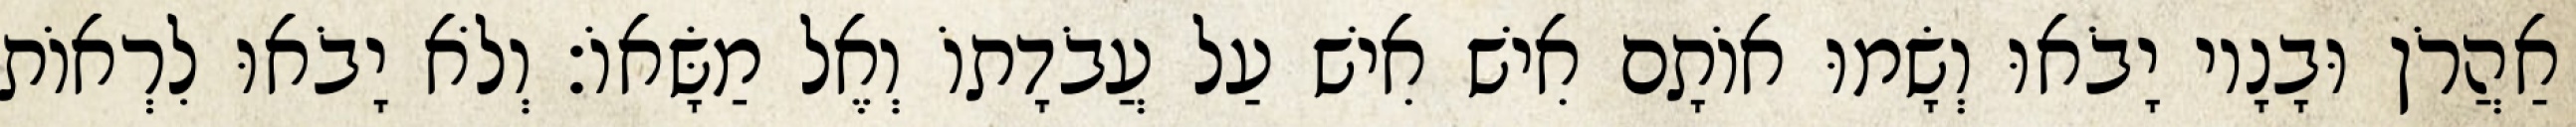
אַהֲרֹן וּבָנָיו יָבֹאוּ וְשָׂמוּ אוֹתָם אִישׁ אִישׁ עַל עֲבֹדָתוֹ וְאֶל מַשָּׂאוֹ׃ וְלֹא יָבֹאוּ לִרְאוֹת